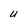
Character: u